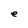
Character: e